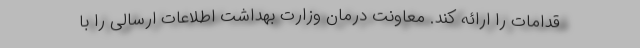
قدامات را ارائه کند. معاونت درمان وزارت بهداشت اطلاعات ارسالی را با